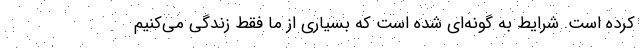
کرده است. شرایط به گونه‌ای شده است که بسیاری از ما فقط زندگی می‌کنیم